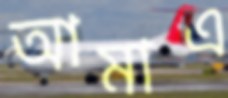
আমাএ